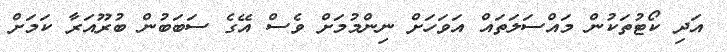
އަދި ކޯޓުތަކުން މައްސަލަަތައް އަވަހަށް ނިންމުމަށް ވެސް އޭގެ ސަބަބުން ބުރޫއަރާ ކަމަށް